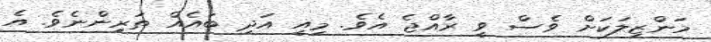
މަންޒިލަކަށް ވެސް ވީ ރާއްޖެ އެވެ. މިއީ އަދި ބައެއް ތަރިންނެވެ. އެ